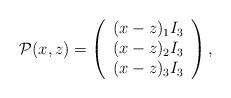
LaTeX: \begin{align*}\mathcal{P}(x, z)=\left(\begin{array}{c}(x-z)_1 I_3\\ (x-z)_2 I_3\\ (x-z)_3 I_3\end{array} \right),\end{align*}